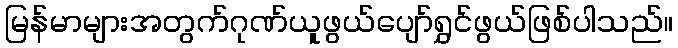
မြန်မာများအတွက်ဂုဏ်ယူဖွယ်ပျော်ရွှင်ဖွယ်ဖြစ်ပါသည်။